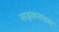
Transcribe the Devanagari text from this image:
सड़कस्थल